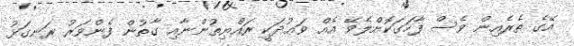
އޭގެ ތެރެއިން ވެސް ފާހަގަކޮށްލެވޭ އެއް ވަޢުދަކީ ރައްޔިތުންނާއި ގާތުން ފެންވަރު ރަނގަޅު